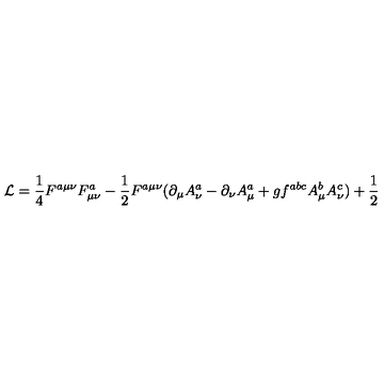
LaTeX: { \cal L } = \frac 1 4 F ^ { a \mu \nu } F _ { \mu \nu } ^ { a } - \frac 1 2 F ^ { a \mu \nu } ( \partial _ { \mu } A _ { \nu } ^ { a } - \partial _ { \nu } A _ { \mu } ^ { a } + g f ^ { a b c } A _ { \mu } ^ { b } A _ { \nu } ^ { c } ) + \frac 1 2